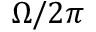
\Omega / 2 \pi